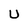
Character: U